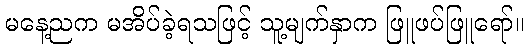
မနေ့ညက မအိပ်ခဲ့ရသဖြင့် သူ့မျက်နှာက ဖြူဖပ်ဖြူရော်။